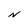
Character: N